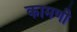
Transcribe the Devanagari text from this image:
कामणी